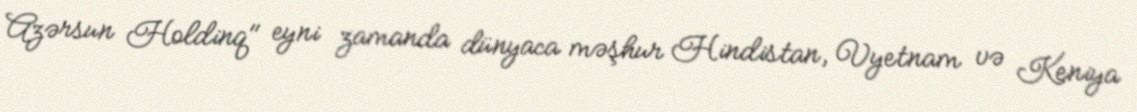
Azərsun Holdinq" eyni zamanda dünyaca məşhur Hindistan, Vyetnam və Keniya